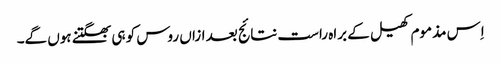
اِس مذموم کھیل کے براہ راست نتائج بعد ازاں روس کو ہی بھگتنے ہوں گے۔